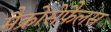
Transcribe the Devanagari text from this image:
मैक्रोसेफैलस